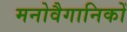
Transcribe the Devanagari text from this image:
मनोवैगानिकों